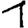
Digit: 1